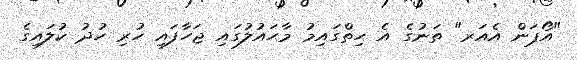
"އޯޕަން އެއަރ" ތަނުގެ އެ ހިތްގައިމު މާޙައުލުގައި ޖަހާފައި ހުރި ހުދު ކުލައިގެ